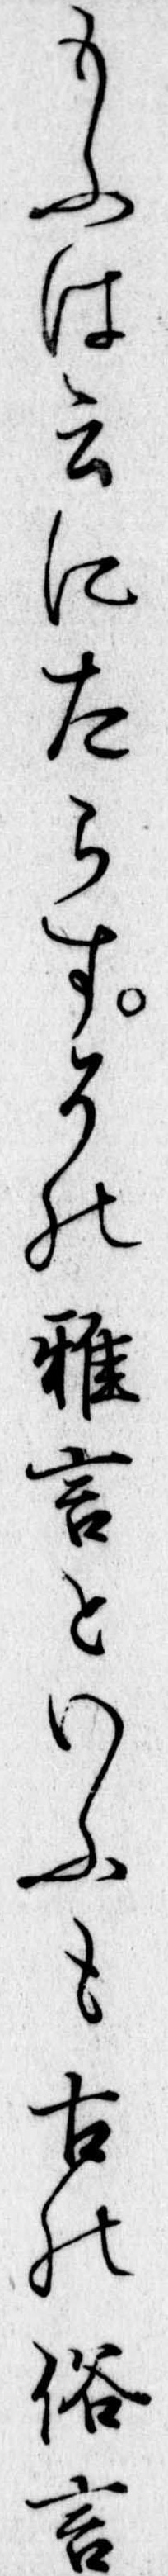
もふは云にたらすその雅言といふも古の俗言